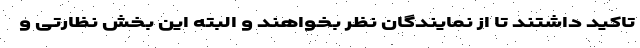
تاکید داشتند تا از نمایندگان نظر بخواهند و البته این بخش نظارتی و